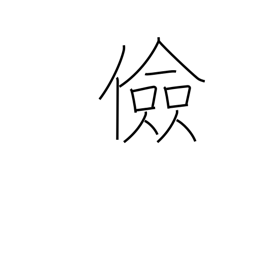
Meaning: thrifty